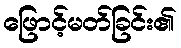
ဖြောင့်မတ်ခြင်း၏